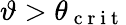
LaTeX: \vartheta>\theta_{\mathrm{~c~r~i~t~}}